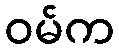
ဝမ်က